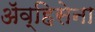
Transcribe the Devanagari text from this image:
ॲव्हिसेना